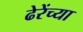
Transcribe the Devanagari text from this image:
ढेरेंच्या